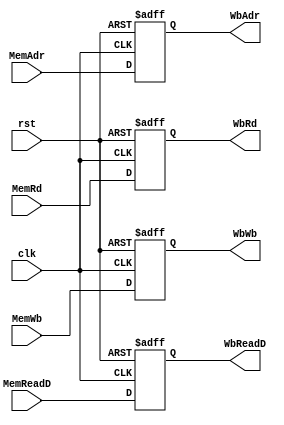
`timescale 1ps/1ps
module MemWbReg (
    clk,
    rst,
    MemWb,
    MemReadD,
    MemAdr,
    MemRd,

    WbWb,
    WbReadD,
    WbAdr,
    WbRd
    );
    input clk, rst;
    input [1:0]MemWb;
    input [31:0]MemReadD;
    input [31:0]MemAdr;
    input [4:0]MemRd;

    output reg [1:0]WbWb;
    output reg [31:0]WbReadD;
    output reg [31:0]WbAdr;
    output reg [4:0]WbRd;
    

    always @(posedge clk, posedge rst) begin
        if (rst) begin
            WbWb = 2'b0;
            WbReadD = 32'b0;
            WbAdr = 32'b0;
            WbRd = 5'b0;
        end
        else begin
            WbWb = MemWb;
            WbReadD = MemReadD;
            WbAdr = MemAdr;
            WbRd = MemRd;
        end
    end 
endmodule